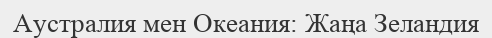
Аустралия мен Океания: Жаңа Зеландия